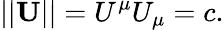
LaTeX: ||\textbf{U}||=U^{\mu}U_{\mu}=c.